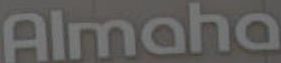
Almaha